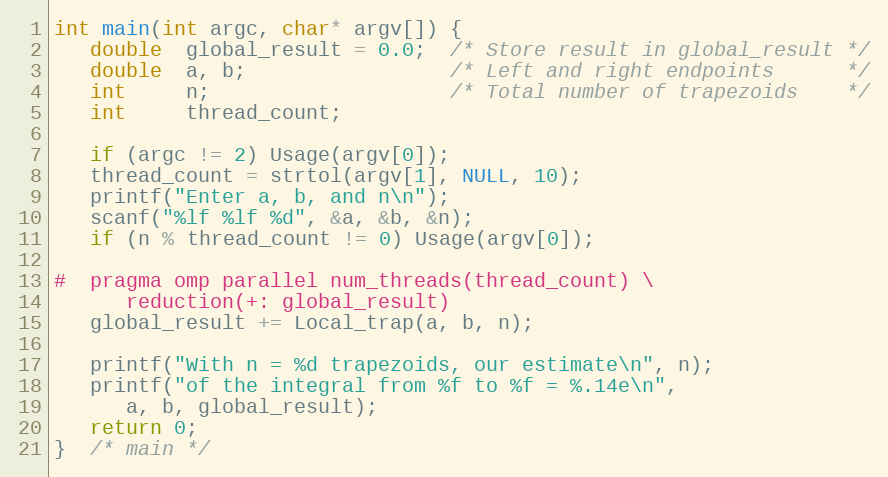
Language: C
int main(int argc, char* argv[]) {
   double  global_result = 0.0;  /* Store result in global_result */
   double  a, b;                 /* Left and right endpoints      */
   int     n;                    /* Total number of trapezoids    */
   int     thread_count;

   if (argc != 2) Usage(argv[0]);
   thread_count = strtol(argv[1], NULL, 10);
   printf("Enter a, b, and n\n");
   scanf("%lf %lf %d", &a, &b, &n);
   if (n % thread_count != 0) Usage(argv[0]);

#  pragma omp parallel num_threads(thread_count) \
      reduction(+: global_result)
   global_result += Local_trap(a, b, n);

   printf("With n = %d trapezoids, our estimate\n", n);
   printf("of the integral from %f to %f = %.14e\n",
      a, b, global_result);
   return 0;
}  /* main */